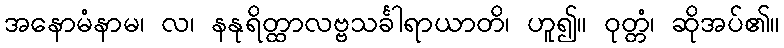
အနောမံနာမ၊ လ၊ နနုရိတ္ထာလဗ္ဗသင်္ခါရာယာတိ၊ ဟူ၍။ ဝုတ္တံ၊ ဆိုအပ်၏။